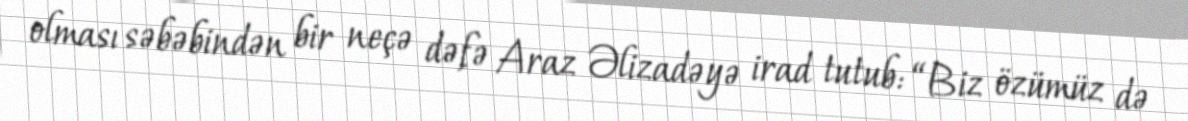
olması səbəbindən bir neçə dəfə Araz Əlizadəyə irad tutub: “Biz özümüz də